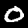
Label: 0